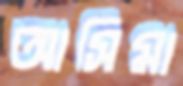
আসিমা